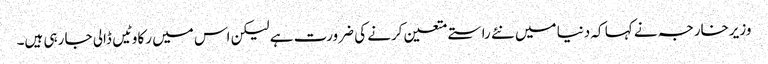
وزیرخارجہ نے کہا کہ دنیا میں نئے راستے متعین کرنے کی ضرورت ہے لیکن اس میں رکاوٹیں ڈالی جا رہی ہیں۔